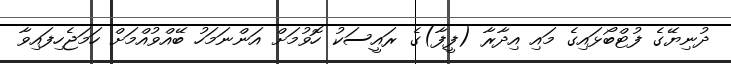
ދުނިޔޭގެ ފުޓްބޯޅައިގެ މައި އިދާރާ (ފީފާ)ގެ ރައީސަކު ހޮވުމަށް އަންނަމަހު ބޭއްވުއްމަށް ހަމަޖެހިފައިވާ